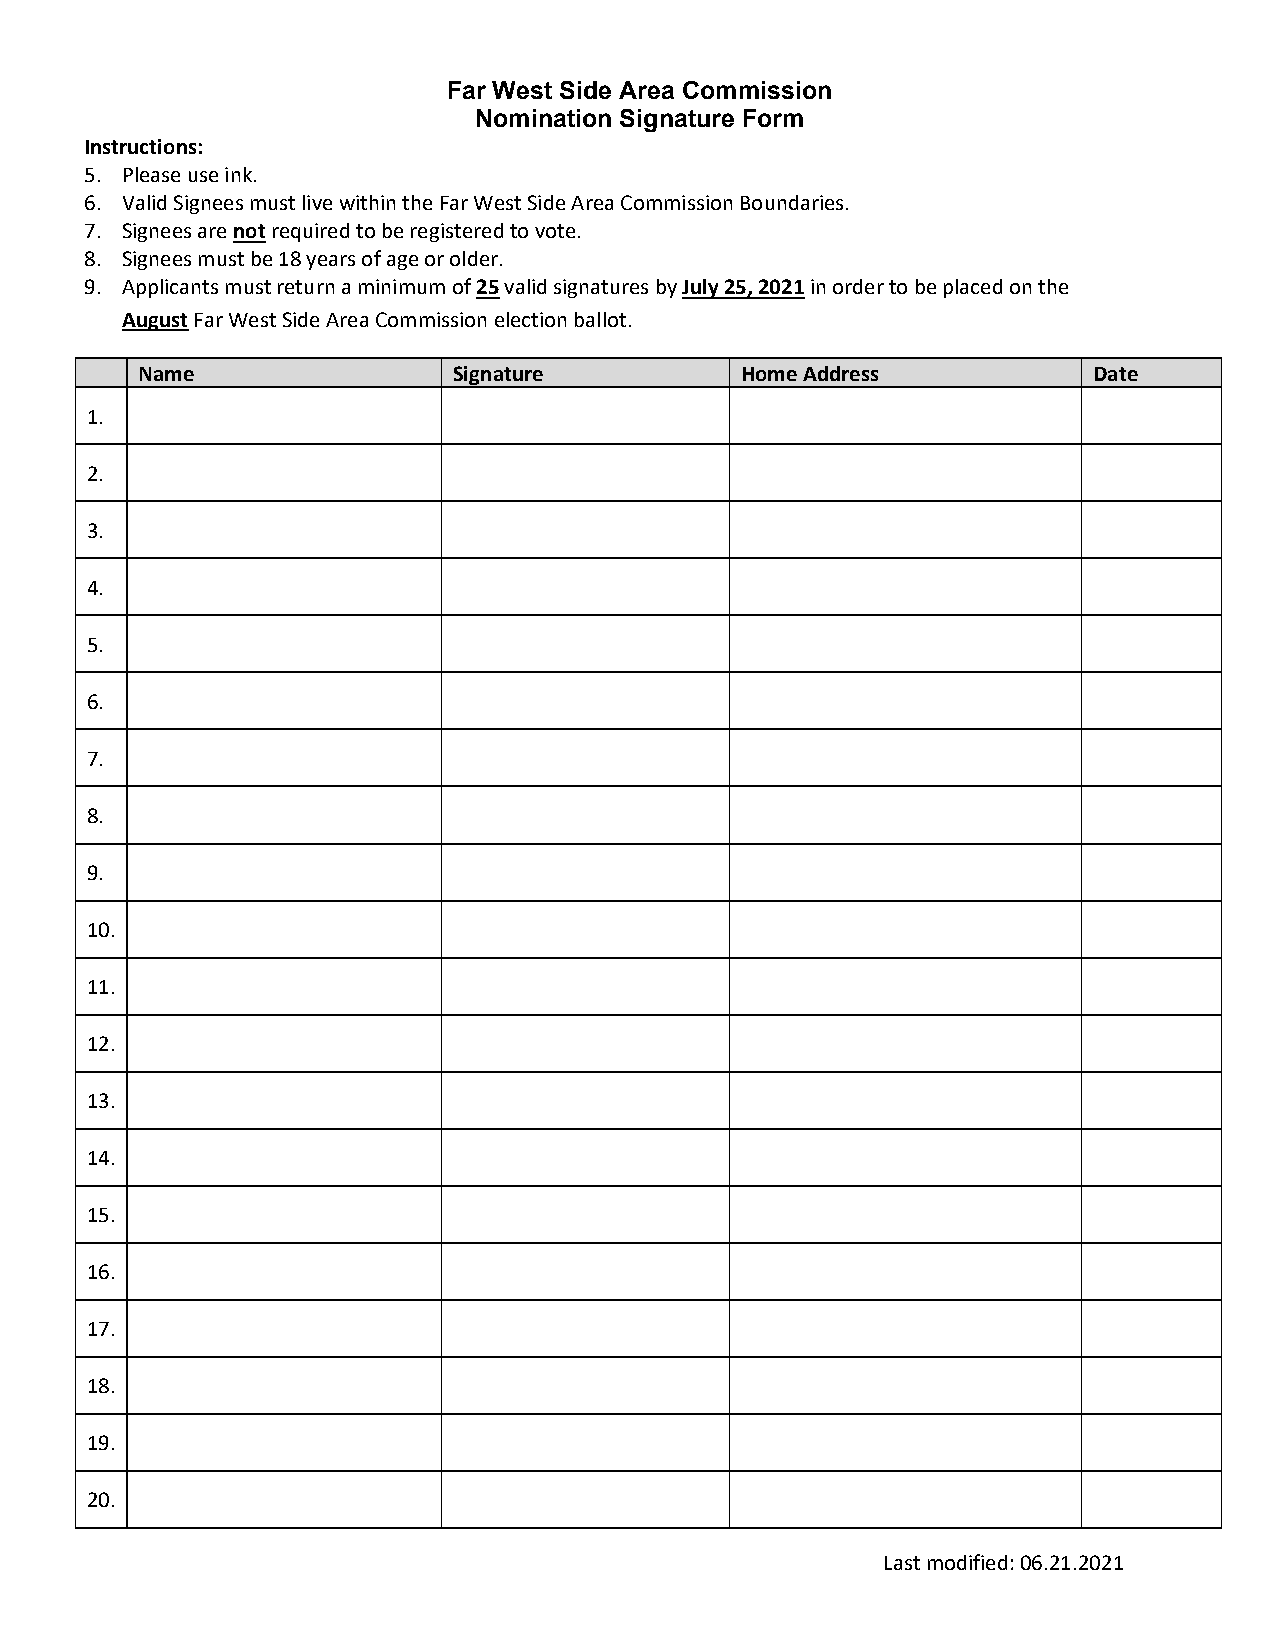
Far West Side Area Commission
 Nomination Signature Form
 Instructions:
 5. Please use ink.
 6. Valid Signees must live within the Far West Side Area Commission Boundaries.
 7. Signees are not required to be registered to vote.
 8. Signees must be 18 years of age or older.
 9. Applicants must return a minimum of 25 valid signatures by July 25, 2021 in order to be placed on the
 August Far West Side Area Commission election ballot.
 Name                 Signature          Home Address           Date
 1.
 2.
 3.
 4.
 5.
 6.
 7.
 8.
 9.
 10.
 11.
 12.
 13.
 14.
 15.
 16.
 17.
 18.
 19.
 20.
 Last modified: 06.21.2021